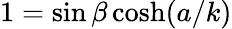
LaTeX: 1=\sin\beta\cosh(a/k)